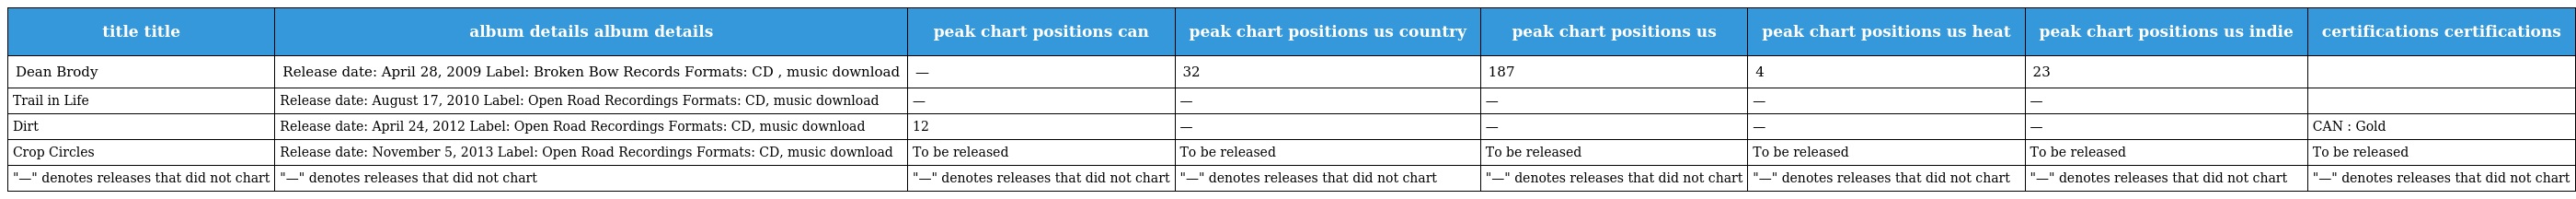
| title title | album details album details | peak chart positions can | peak chart positions us country | peak chart positions us | peak chart positions us heat | peak chart positions us indie | certifications certifications |
 | --- | --- | --- | --- | --- | --- | --- | --- |
 | Dean Brody | Release date: April 28, 2009 Label: Broken Bow Records Formats: CD , music download | — | 32 | 187 | 4 | 23 |  |
 | Trail in Life | Release date: August 17, 2010 Label: Open Road Recordings Formats: CD, music download | — | — | — | — | — |  |
 | Dirt | Release date: April 24, 2012 Label: Open Road Recordings Formats: CD, music download | 12 | — | — | — | — | CAN : Gold |
 | Crop Circles | Release date: November 5, 2013 Label: Open Road Recordings Formats: CD, music download | To be released | To be released | To be released | To be released | To be released | To be released |
 | "—" denotes releases that did not chart | "—" denotes releases that did not chart | "—" denotes releases that did not chart | "—" denotes releases that did not chart | "—" denotes releases that did not chart | "—" denotes releases that did not chart | "—" denotes releases that did not chart | "—" denotes releases that did not chart |